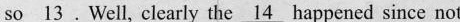
so \underline{13}. Well, clearly the \underline{14} happened since not